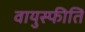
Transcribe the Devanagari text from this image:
वायुस्फीति